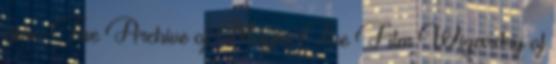
címe: The Archive of Magic: The Film Wizardry of